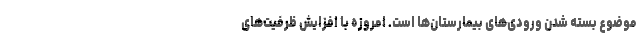
موضوع بسته شدن ورودی‌های بیمارستان‌ها است. امروزه با افزایش ظرفیت‌های